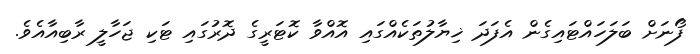
ފޯނަށް ބަލަހައްޓައިގެން އެފަދަ ޚިޔާލުތަކެއްގައި އޮއްވާ ކޮޓަރީގެ ދޮރުގައި ޓަކި ޖަހާލީ ރާބިއާއެވެ.